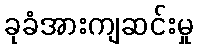
ခုခံအားကျဆင်းမှု